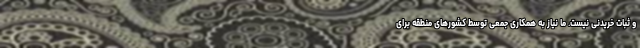
و ثبات خریدنی نیست. ما نیاز به همکاری جمعی توسط کشورهای منطقه برای